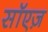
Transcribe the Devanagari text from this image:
सॉएज़